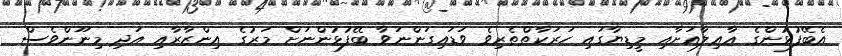
އެބޭފުޅުންގެ ޢާއިލާއަށާއި މީޑިޔާގައި ހަރަކާތްތެރިވެ ވަޑައިގަންނަވާ ބޭފުޅުންނަށް މަރުގެ އިންޒާރާއި އަދި މިނޫންވެސް